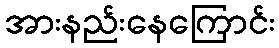
အားနည်းနေကြောင်း